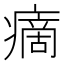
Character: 𤹞